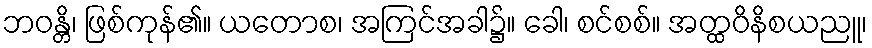
ဘဝန္တိ၊ ဖြစ်ကုန်၏။ ယတောစ၊ အကြင်အခါ၌။ ခေါ၊ စင်စစ်။ အတ္ထဝိနိစယညူ၊